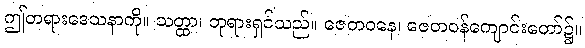
ဤတရားဒေသနာကို။ သတ္ထာ၊ ဘုရားရှင်သည်။ ဇေတဝနေ၊ ဇေတဝန်ကျောင်းတော်၌။